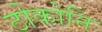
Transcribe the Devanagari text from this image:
ठोकोनि